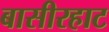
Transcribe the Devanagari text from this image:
बासीरहाट